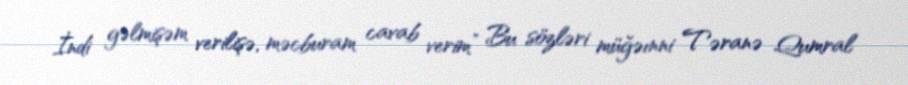
İndi gəlmişəm verilişə, məcburam cavab verim” Bu sözləri müğəınni Təranə Qumral